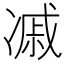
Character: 𠗼